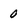
Character: 0